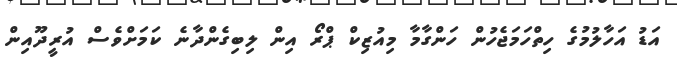
އަޑު އަހާލުމުގެ ހިތްހަމަޖެހުން ހަންގާމާ މިއުޒިކް ޕްރޯ އިން ލިބިގެންދާނެ ކަމަށްވެސް އުރީދޫއިން